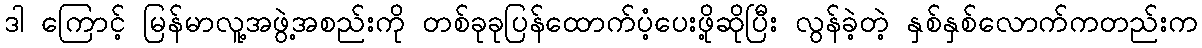
ဒါ ကြောင့် မြန်မာလူ့အဖွဲ့အစည်းကို တစ်ခုခုပြန်ထောက်ပံ့ပေးဖို့ဆိုပြီး လွန်ခဲ့တဲ့ နှစ်နှစ်လောက်ကတည်းက